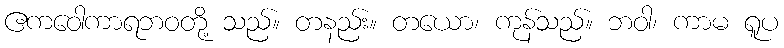
ဧကဝေါကာရဘဝတို့ သည်။ တနည်း။ တယော၊ ကုန်သည်။ ဘဝါ၊ ကာမ ရူပ